Civil Veterinary Dept. Bombay admin report 1914-1922 - 1914-1922
Year: 1914
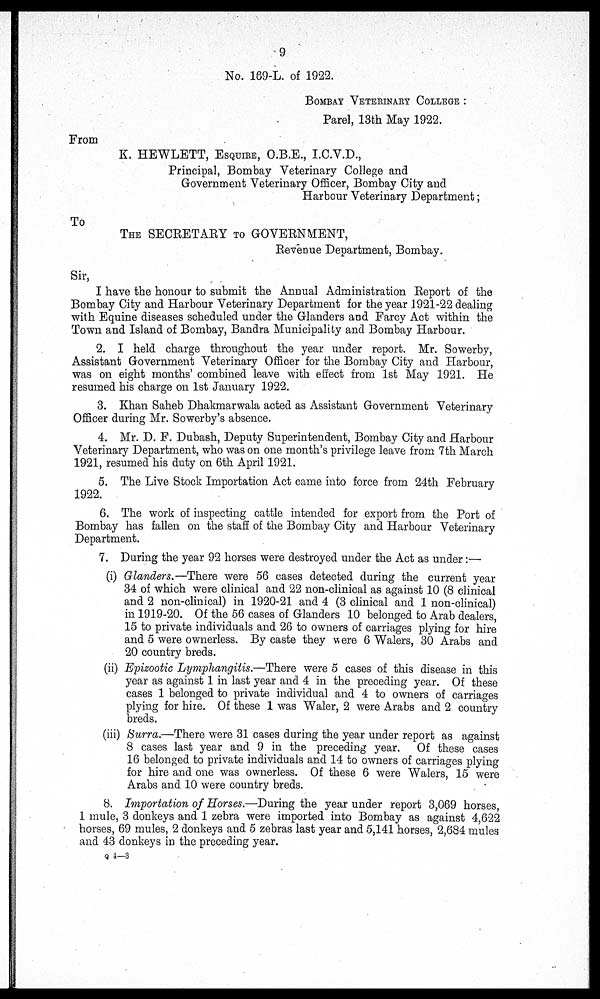
9
No. 169-L. of 1922.
BOMBAY VETERINARY COLLEGE :
Parel, 13th May 1922.
From
K. HEWLETT, ESQUIRE, O.B.E., I.C.V.D.,
Principal, Bombay Veterinary College and
Government Veterinary Officer, Bombay City and
Harbour Veterinary Department;
To
THE SECRETARY TO GOVERNMENT,
Revenue Department, Bombay.
Sir,
I have the honour to submit the Annual Administration Report of the
Bombay City and Harbour Veterinary Department for the year 1921-22 dealing
with Equine diseases scheduled under the Glanders and Farcy Act within the
Town and Island of Bombay, Bandra Municipality and Bombay Harbour.
2. I held charge throughout the year under report. Mr. Sowerby,
Assistant Government Veterinary Officer for the Bombay City and Harbour,
was on eight months' combined leave with effect from 1st May 1921. He
resumed his charge on 1st January 1922.
3. Khan Saheb Dhakmarwala acted as Assistant Government Veterinary
Officer during Mr. Sowerby's absence.
4. Mr. D. F. Dubash, Deputy Superintendent, Bombay City and Harbour
Veterinary Department, who was on one month's privilege leave from 7th March
1921, resumed his duty on 6th April 1921.
5. The Live Stock Importation Act came into force from 24th February
1922.
6. The work of inspecting cattle intended for export from the Port of
Bombay has fallen on the staff of the Bombay City and Harbour Veterinary
Department.
7. During the year 92 horses were destroyed under the Act as under:—
(i) Glanders,—There were 56 cases detected during the current year
34 of which were clinical and 22 non-clinical as against 10 (8 clinical
and 2 non-clinical) in 1920-21 and 4 (3 clinical and 1 non-clinical)
in 1919-20. Of the 56 cases of Glanders 10 belonged to Arab dealers,
15 to private individuals and 26 to owners of carriages plying for hire
and 5 were ownerless. By caste they were 6 Walers, 30 Arabs and
20 country breds.
(ii) Epizootic Lymphangitis.—There were 5 cases of this disease in this
year as against 1 in last year and 4 in the preceding year. Of these
cases 1 belonged to private individual and 4 to owners of carriages
plying for hire. Of these 1 was Waler, 2 were Arabs and 2 country
breds.
(iii) Surra.—There were 31 cases during the year under report as against
8 cases last year and 9 in the preceding year. Of these cases
16 belonged to private individuals and 14 to owners of carriages plying
for hire and one was ownerless. Of these 6 were Walers, 15 were
Arabs and 10 were country breds.
8. Importation of Horses.—During the year under report 3,069 horses,
1 mule, 3 donkeys and 1 zebra were imported into Bombay as against 4,622
horses, 69 mules, 2 donkeys and 5 zebras last year and 5,141 horses, 2,684 mules
and 43 donkeys in the preceding year.
Q 4—3